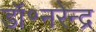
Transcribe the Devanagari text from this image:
डॉ॰नरेन्द्र